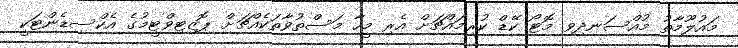
މައުލޫމާތު މުއްސަނދިވި މޮޓޯ ކޭޑް ކުރިމައްޗަށް އެރި މީހާ މަސްތުވާތަކެއްޗަށް ޕޮޒިޓިވްޓީމުގެ އެކްސިޑެންޓަކީ